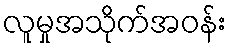
လူမှုအသိုက်အဝန်း